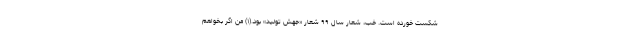
شکست خورده است. خب، شعار سال ۹۹ شعار «جهش تولید» بود.(۱) من اگر بخواهم